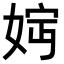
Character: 𡝏